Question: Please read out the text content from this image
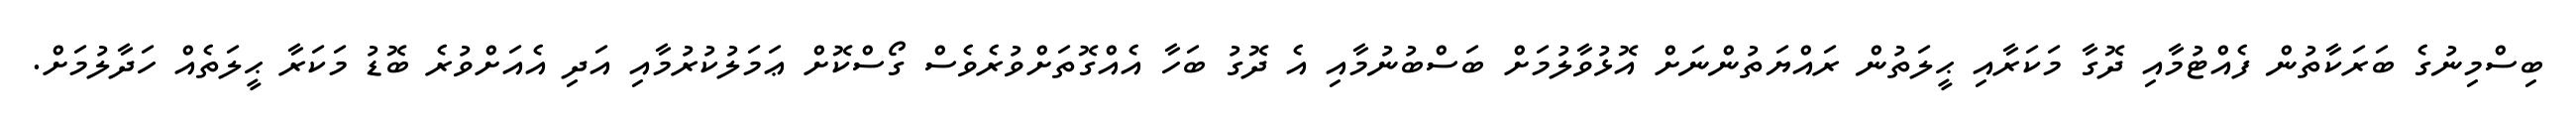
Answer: ބިސްމިނުގެ ބަރަކާތުން ފެއްޓުމާއި ދޮގާ މަކަރާއި ޙީލަތުން ރައްޔަތުންނަށް އޮޅުވާލުމަށް ބަސްބުނުމާއި އެ ދޮގު ބަހާ އެއްގޮތަށްވުރެވެސް ގޯސްކޮށް ޢަމަލުކުރުމާއި އަދި އެއަށްވުރެ ބޮޑު މަކަރާ ޙީލަތެއް ހަދާލުމަށް.